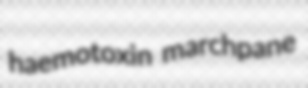
haemotoxin marchpane